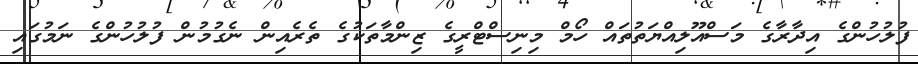
ފުލުހުންގެ އިދާރާގެ މަސްއޫލިއްޔަތުތައް ހޯމް މިނިސްޓްރީގެ ޒިންމާތަކުގެ ތެރެއިން ނެގުމުން ފުލުހުންގެ ނަމުގައި